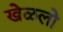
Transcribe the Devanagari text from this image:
खेळलो